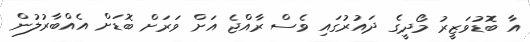
އާ ބޮޑުވަޒީރު މޯދީގެ ދައުރުގައި ވެސް ރާއްޖެ އަށް ވަރަށް ބޮޑަށް އެއްބާރުލުން